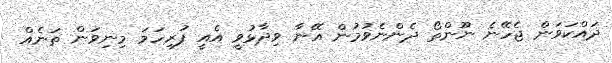
ދައްކަވަން ޖެހޭނެ ނޫންތޯ ދެންނެވުމުން އޭނާ ވިދާޅުވީ އެއީ ފުރިހަމަ މިނިވަން ތަނެއް